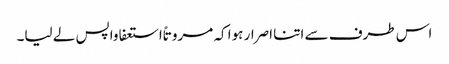
اس طرف سے اتنا اصرار ہوا کہ مروتاً استعفا واپس لے لیا۔